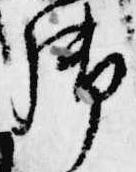
御